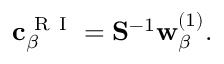
\mathbf { c } _ { \beta } ^ { \mathrm { ~ R ~ I ~ } } = \mathbf { S } ^ { - 1 } \mathbf { w } _ { \beta } ^ { ( 1 ) } .